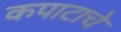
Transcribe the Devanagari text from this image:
कपाटाचे